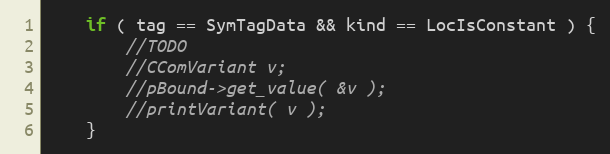
Language: C++
	if ( tag == SymTagData && kind == LocIsConstant ) {
		//TODO
		//CComVariant v;
		//pBound->get_value( &v );
		//printVariant( v );
	}